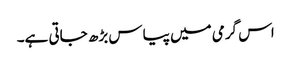
اس گرمی میں پیاس بڑھ جاتی ہے۔